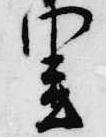
里